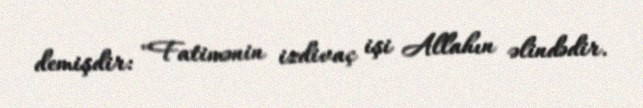
demişdir: "Fatimənin izdivaç işi Allahın əlindədir.